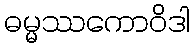
ဓမ္မဿကောဝိဒါ